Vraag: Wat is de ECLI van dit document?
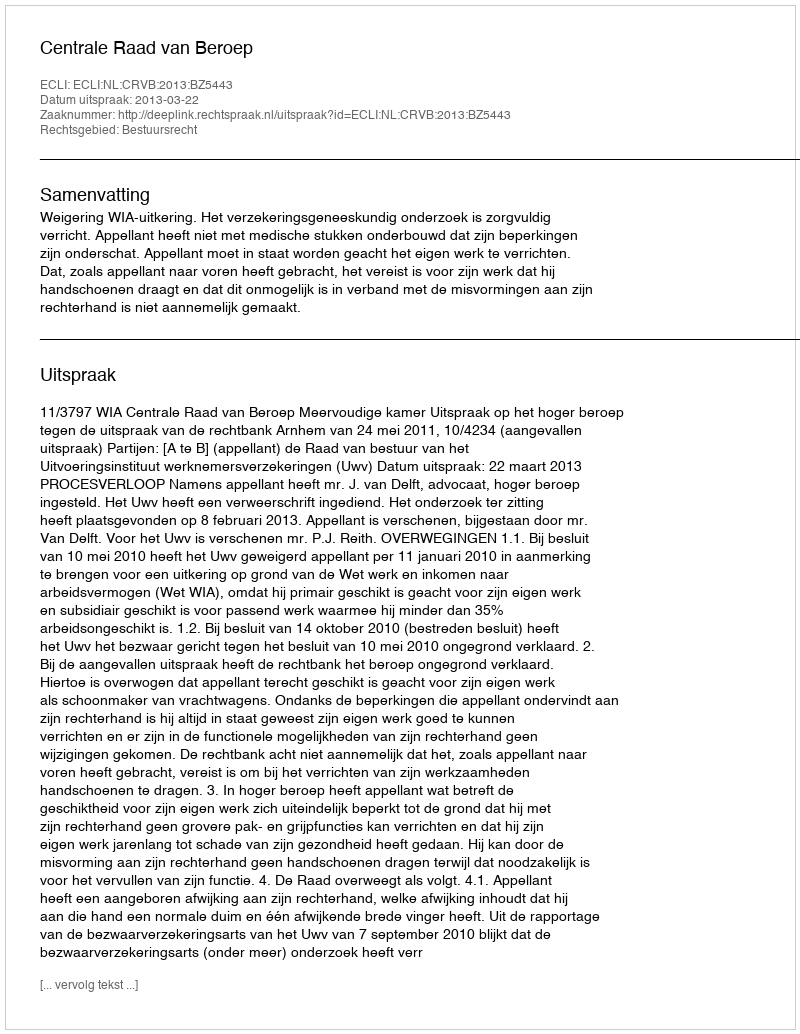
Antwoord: ECLI:NL:CRVB:2013:BZ5443